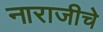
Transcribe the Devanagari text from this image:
नाराजीचे